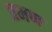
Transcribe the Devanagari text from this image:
प्रमण